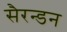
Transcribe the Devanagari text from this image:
सैरन्डन